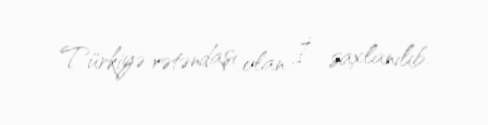
Türkiyə vətəndaşı olan İ. saxlanılıb.